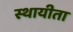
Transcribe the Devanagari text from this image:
स्थायीता